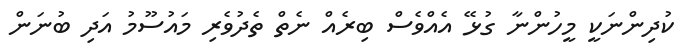
ކުދިންނަކީ މީހުންނާ ގުޅޭ އެއްވެސް ބިރެއް ނެތް ތެދުވެރި މައުސޫމު އަދި ބުނަން